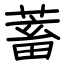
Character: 蓄